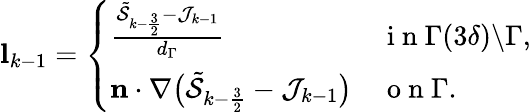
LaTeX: \begin{array}{r}{\mathbf{l}_{k-1}=\left\{ \begin{array}{ll}{\frac{\tilde{\mathcal{S}}_{k-\frac{3}{2}}-\mathcal{J}_{k-1}}{d_{\Gamma}}}&{\mathrm{~i~n~}\Gamma(3\delta)\backslash\Gamma,}\\ {\mathbf{n}\cdot\nabla\big(\tilde{\mathcal{S}}_{k-\frac{3}{2}}-\mathcal{J}_{k-1}\big)}&{\mathrm{~o~n~}\Gamma.}\end{array}\right.}\end{array}